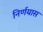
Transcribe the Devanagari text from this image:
निर्णयास